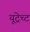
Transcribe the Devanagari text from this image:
यूट्रेच्ट